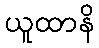
ယူထာနိ